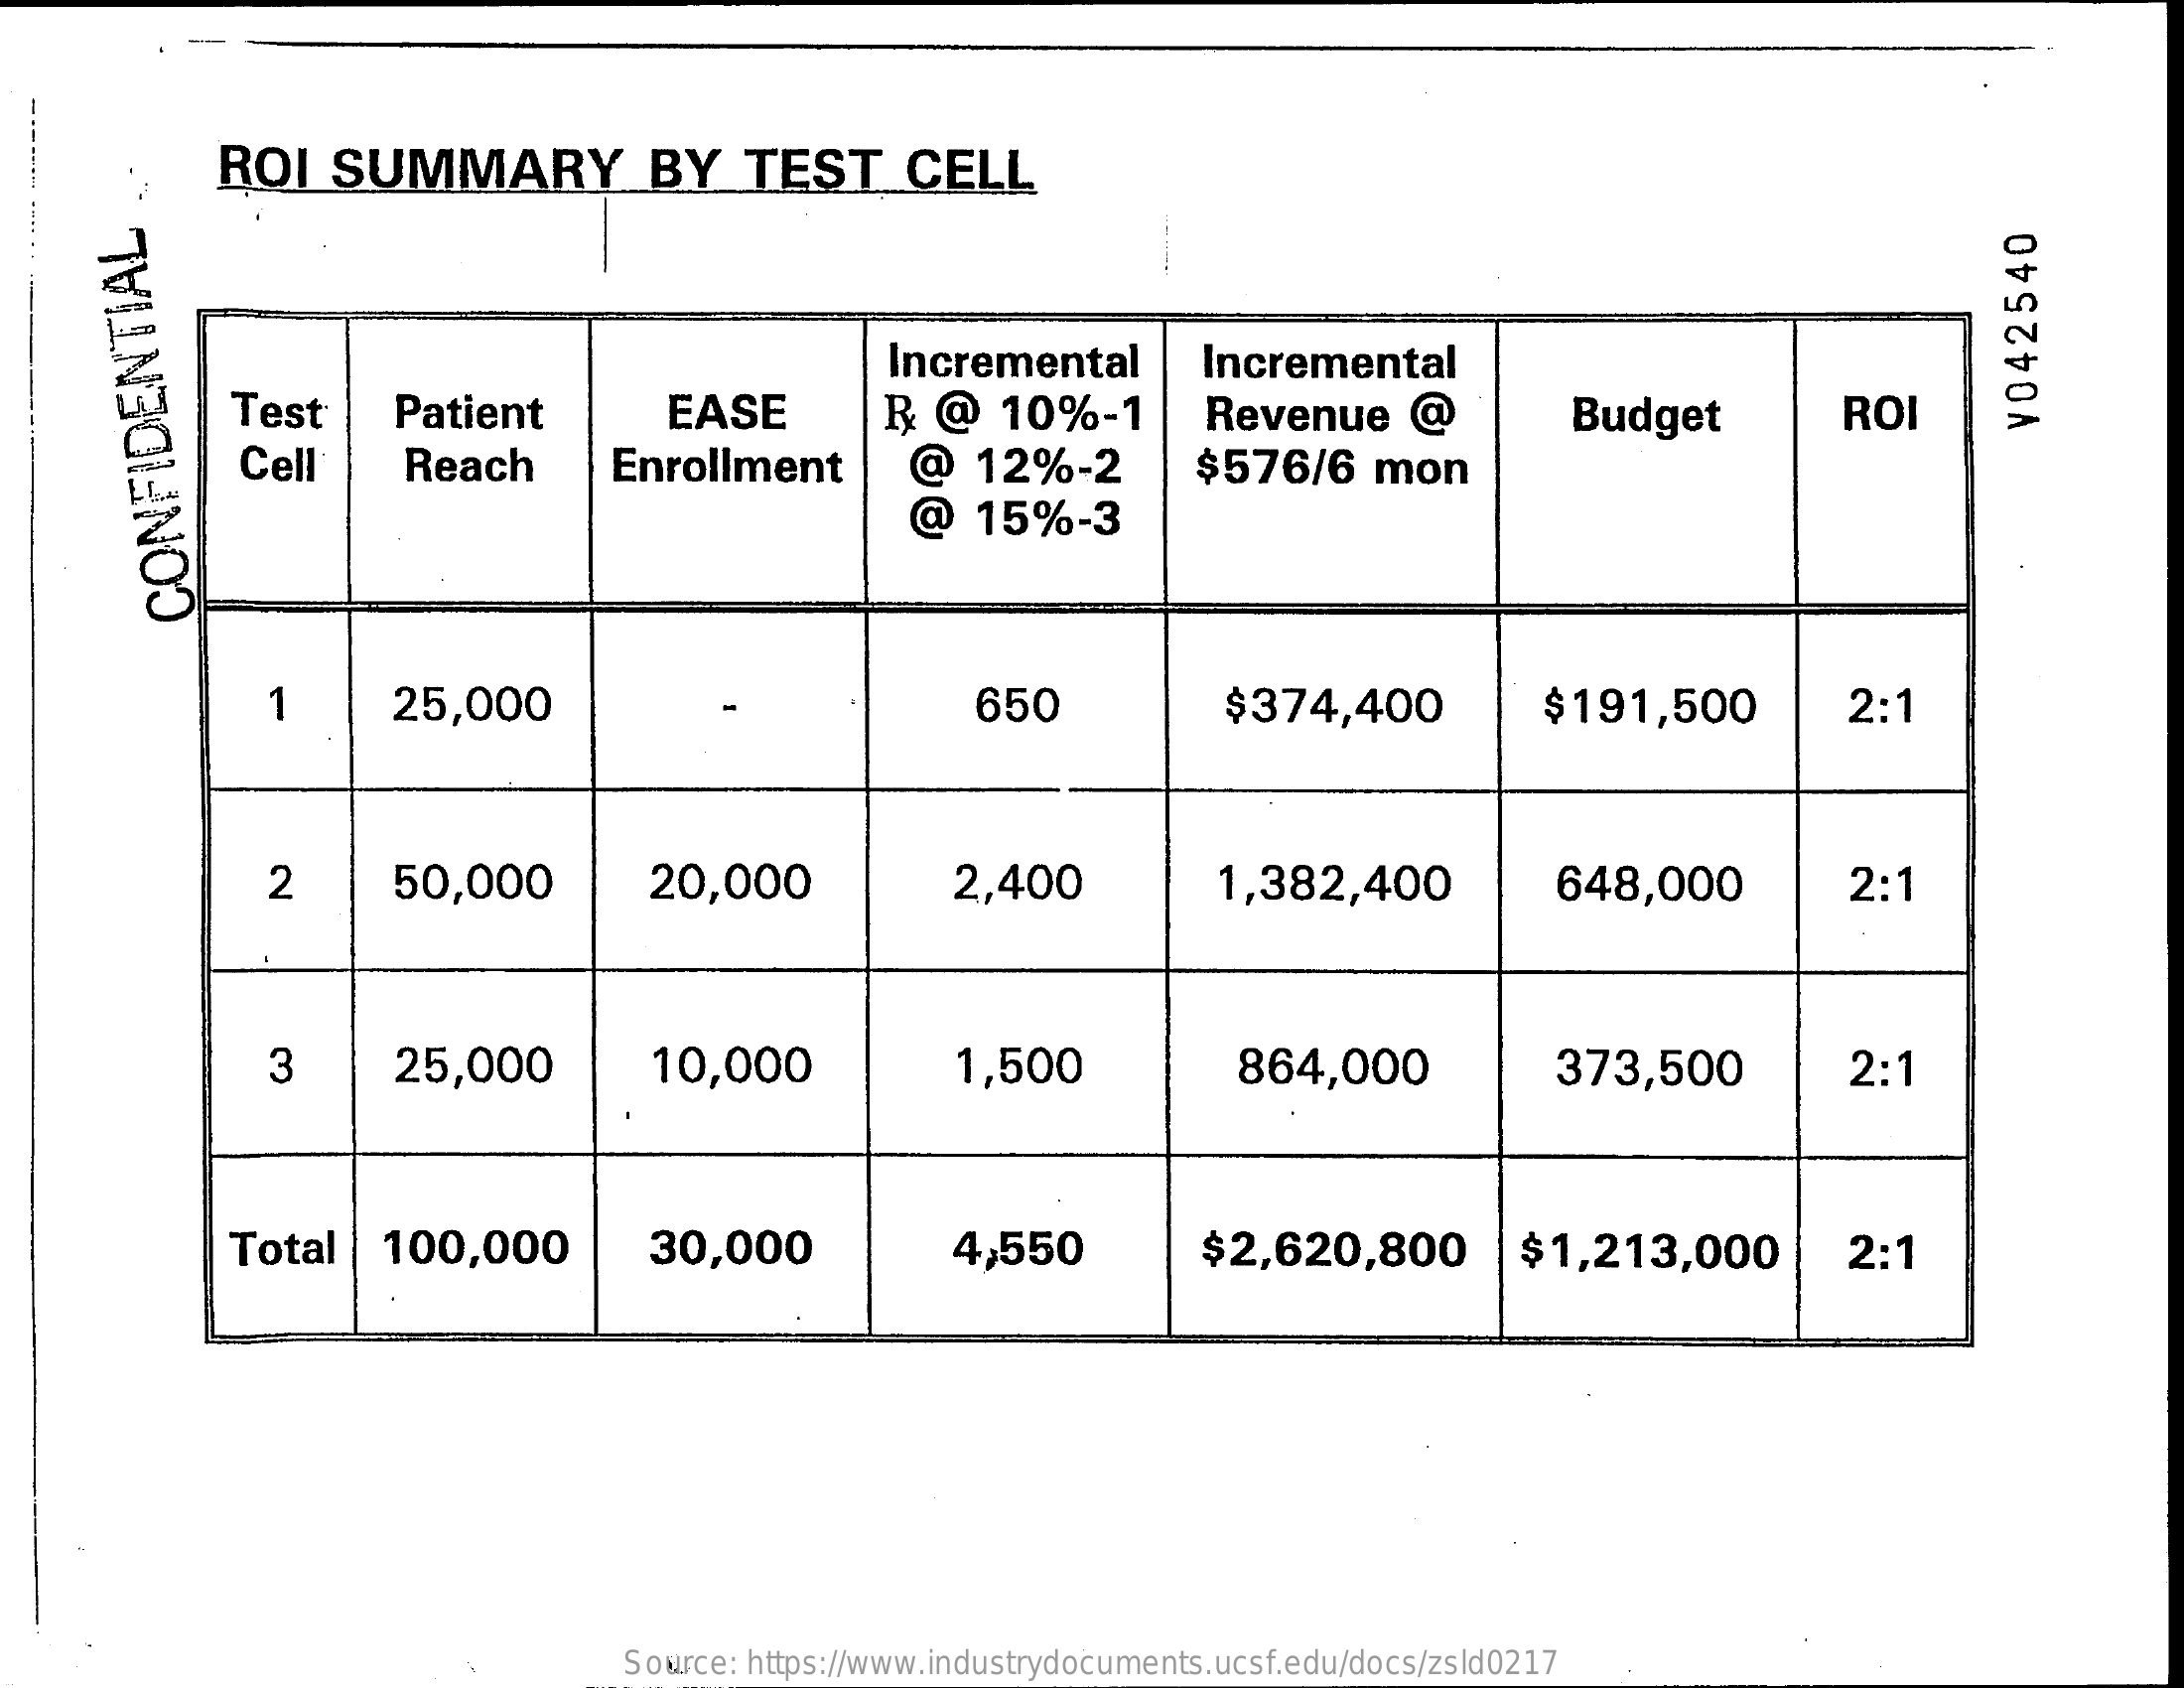
ROI    SUMMARY    BY    TEST    CELL
     Incremental    Incremental
     Test    Patient    EASE    R  @   10%-1    Revenue    @    Budget    ROI
     V042540
     Cell    Reach    Enrollment    @   12%-2    $576/6    mon
     @   15%-3
     CONFIDENTIAL
     1    25,000    650    $374,400    $191,500    2:1
     2    50,000    20,000    2,400    1,382,400    648,000    2:1
     3    25,000    10,000    1,500    864,000    373,500    2:1
     Total  | 100,000    30,000    4,550    $2,620,800    $1,213,000    2:1
     Source: https://www.industrydocuments.ucsf.edu/docs/zsld0217